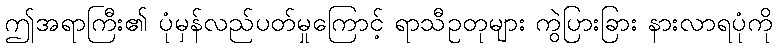
ဤအရာကြီး၏ ပုံမှန်လည်ပတ်မှုကြောင့် ရာသီဥတုများ ကွဲပြားခြား နားလာရပုံကို